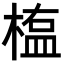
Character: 𣖻